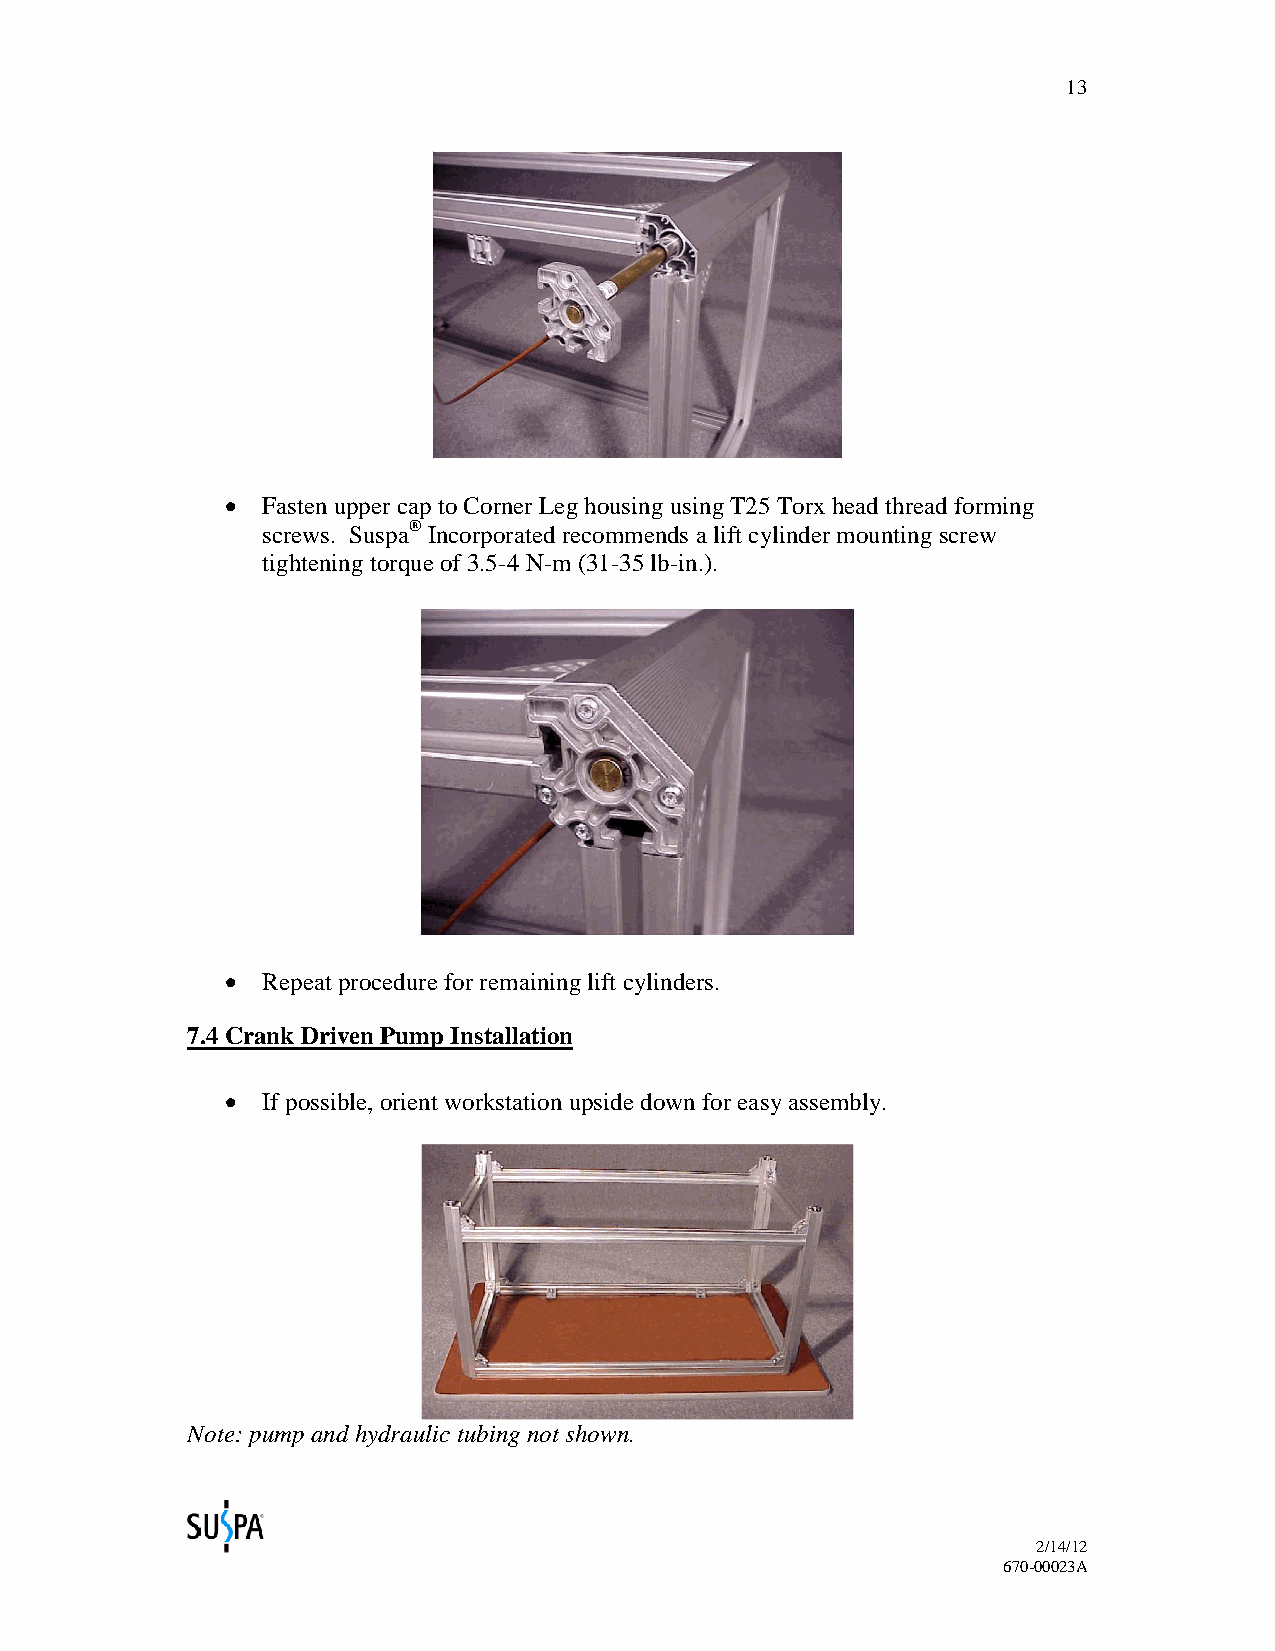
13
 • Fasten upper cap to Corner Leg housing using T25 Torx head thread forming
 screws. Suspa® Incorporated recommends a lift cylinder mounting screw
 tightening torque of 3.5-4 N-m (31-35 lb-in.).
 • Repeat procedure for remaining lift cylinders.
 7.4 Crank Driven Pump Installation
 • If possible, orient workstation upside down for easy assembly.
 Note: pump and hydraulic tubing not shown.
 2/14/12
 670-00023A